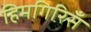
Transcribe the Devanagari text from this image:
हिमगिरिसँ